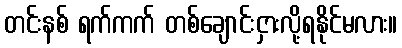
တင်းနစ် ရက်ကက် တစ်ချောင်းငှားလို့ရနိုင်မလား။